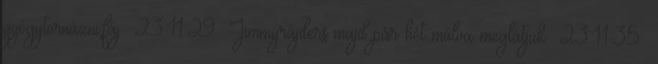
gyógytornázni,fáj 23:11:29 Jimmyrájders majd pár hét múlva meglátjuk 23:11:35